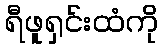
ရီဖူရှင်းထံကို